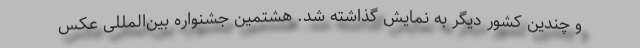
و چندین کشور دیگر به نمایش گذاشته شد. هشتمین جشنواره بین‌المللی عکس